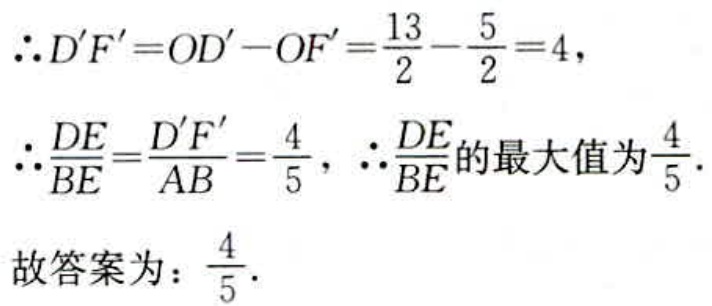
\[\begin{align*}
&\therefore D'F' = OD' - OF'=\frac{13}{2}-\frac{5}{2}=4,\\
&\therefore\frac{DE}{BE}=\frac{D'F'}{AB}=\frac{4}{5},\ \therefore\frac{DE}{BE}\text{的最大值为}\frac{4}{5}.
\end{align*}\]
故答案为：\(\frac{4}{5}\).